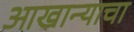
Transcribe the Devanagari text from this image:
आखान्याचा